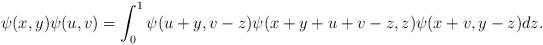
LaTeX: \begin{align*} \psi(x,y)\psi(u,v) =\int_0^1 \psi(u+y,v-z) \psi(x+y+u+v-z,z) \psi(x+v,y-z)dz.\end{align*}